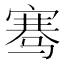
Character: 骞